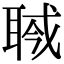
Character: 𦖎